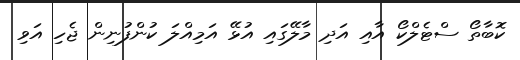
ކޮބާތޯ ސްޓެލްކޯ އާއި އަދި މާލޭގައި އުޅޭ އަމިއްލަ ކުންފުނިން ޖެހި އަވި